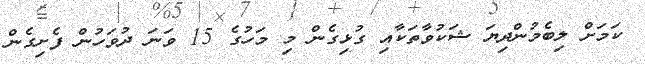
ކަމަށް ލިބެމުންދިޔަ ޝަކުވާތަކާއި ގުޅިގެން މި މަހުގެ 15 ވަނަ ދުވަހުން ފެށިގެން